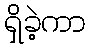
ရှိခဲ့ကာ